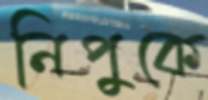
নিপুকে